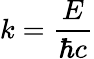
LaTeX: k={\frac{E}{\hbar c}}